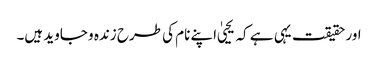
اور حقیقت یہی ہے کہ یحییٰ اپنے نام کی طرح زندہ و جاوید ہیں۔